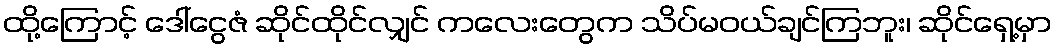
ထို့ကြောင့် ဒေါ်ငွေဇံ ဆိုင်ထိုင်လျှင် ကလေးတွေက သိပ်မဝယ်ချင်ကြဘူး၊ ဆိုင်ရှေ့မှာ